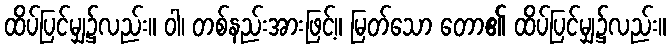
ထိပ်ပြင်မျှ၌လည်း။ ဝါ၊ တစ်နည်းအားဖြင့်။ မြတ်သော တော၏ ထိပ်ပြင်မျှ၌လည်း။